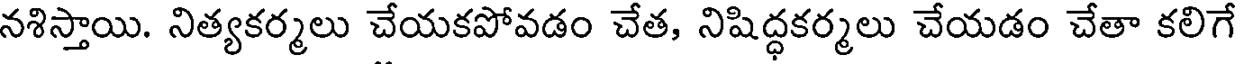
నశిస్తాయి. నిత్యకర్మలు చేయకపోవడం చేత, నిషిద్ధకర్మలు చేయడం చేతా కలిగే